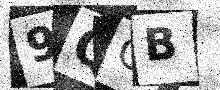
Text: 9QOB